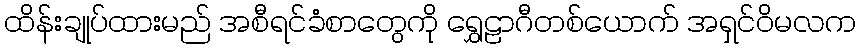
ထိန်းချုပ်ထားမည် အစီရင်ခံစာတွေကို ရွှေဠာဂီတစ်ယောက် အရှင်ဝိမလက